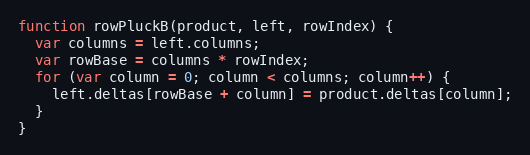
Language: JavaScript
function rowPluckB(product, left, rowIndex) {
  var columns = left.columns;
  var rowBase = columns * rowIndex;
  for (var column = 0; column < columns; column++) {
    left.deltas[rowBase + column] = product.deltas[column];
  }
}